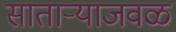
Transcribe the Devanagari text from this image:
साताऱ्याजवळ